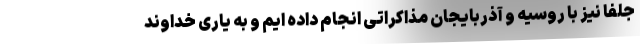
جلفا نیز با روسیه و آذربایجان مذاکراتی انجام داده ایم و به یاری خداوند